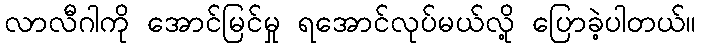
လာလီဂါကို အောင်မြင်မှု ရအောင်လုပ်မယ်လို့ ပြောခဲ့ပါတယ်။